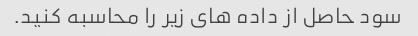
سود حاصل از داده های زیر را محاسبه کنید.